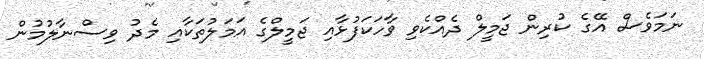
ނަމަވެސް އޭގެ ކުރިން ޖަމީލް ދެއްކެވި ވާހަކަފުޅާއި ޖަމީލްގެ އަމަލުތަކާއި މެދު ވިސްނާލުމުން